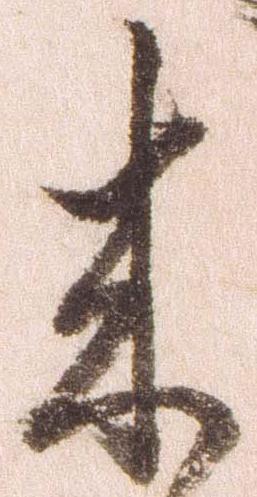
来